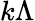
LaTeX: k\Lambda